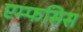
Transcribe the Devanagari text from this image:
एम्फसिस